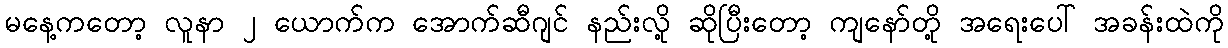
မနေ့ကတော့ လူနာ ၂ ယောက်က အောက်ဆီဂျင် နည်းလို့ ဆိုပြီးတော့ ကျနော်တို့ အရေးပေါ် အခန်းထဲကို